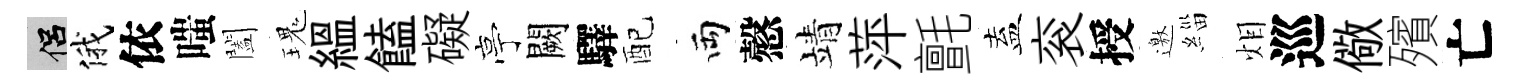
侣俄依嗤闔瑰緼饁礙亭闕驛配両慤靖萍氈盍衮授邀緇𤇆巡儆殯亡